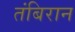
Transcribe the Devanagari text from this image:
तंबिरान